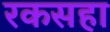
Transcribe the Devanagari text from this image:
रकसहा